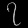
Digit: ၇